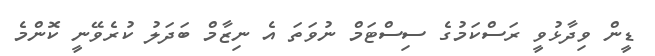
ޑީން ވިދާޅުވީ ރަސްކަމުގެ ސިސްޓަމް ނުވަތަ އެ ނިޒާމް ބަދަލު ކުރެވޭނީ ކޮންމެ